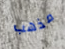
مذهب